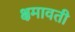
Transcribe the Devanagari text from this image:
क्षमावती